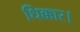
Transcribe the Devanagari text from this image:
धिक्कार।